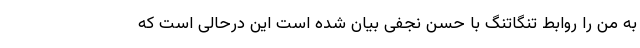
به من را روابط تنگاتنگ با حسن نجفی بیان شده است این درحالی است که